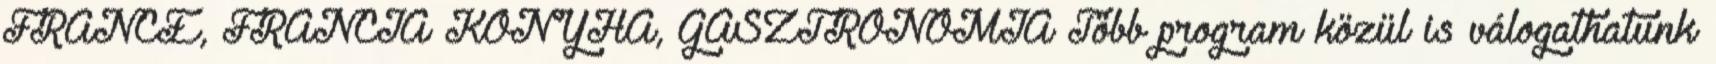
FRANCE, FRANCIA KONYHA, GASZTRONÓMIA Több program közül is válogathatunk